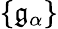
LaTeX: \{ \mathfrak{g}_{\alpha}\}